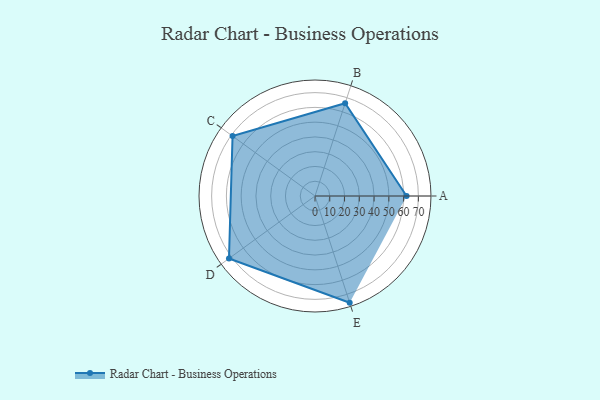
{"axis": {"x": "Skill", "y": "Score"}, "legend": ["Profile"], "data": [{"x": "A", "y": 62.0, "type": "Profile"}, {"x": "B", "y": 66.0, "type": "Profile"}, {"x": "C", "y": 69.0, "type": "Profile"}, {"x": "D", "y": 72.0, "type": "Profile"}, {"x": "E", "y": 76.0, "type": "Profile"}]}